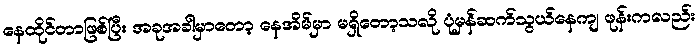
နေထိုင်တာဖြစ်ပြီး အခုအခါမှာတော့ နေအိမ်မှာ မရှိတော့သလို ပုံမှန်ဆက်သွယ်နေကျ ဖုန်းကလည်း